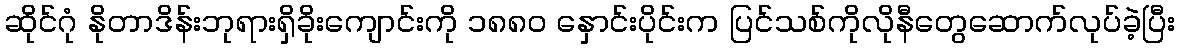
ဆိုင်ဂုံ နိုတာဒိန်းဘုရားရှိခိုးကျောင်းကို ၁၈၈၀ နှောင်းပိုင်းက ပြင်သစ်ကိုလိုနီတွေဆောက်လုပ်ခဲ့ပြီး